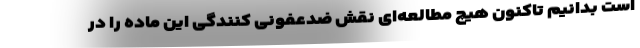
است بدانیم تاکنون هیچ مطالعه‌ای نقش ضدعفونی کنندگی این ماده را در